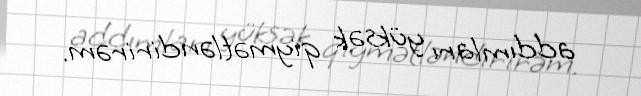
addımları yüksək qiymətləndirirəm.